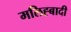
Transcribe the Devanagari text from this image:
मलिह्बादी